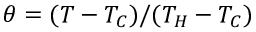
\theta = ( T - T _ { C } ) / ( T _ { H } - T _ { C } )